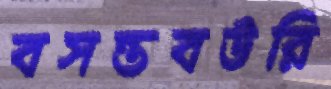
বসন্তবউরি